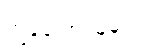
ကျွန်တော် ယူမယ်။